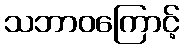
သဘာဝကြောင့်